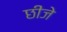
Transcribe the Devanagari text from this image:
छीजे